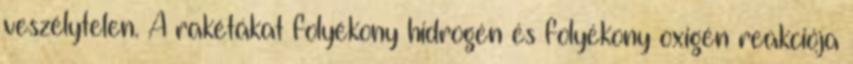
veszélytelen. A rakétákat folyékony hidrogén és folyékony oxigén reakciója